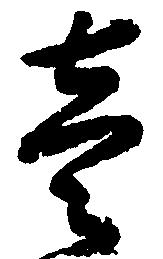
壱